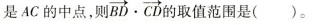
是AC的中点，则 \overrightarrow{BD}\cdot \overrightarrow{CD}的取值范围是( )。